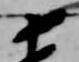
十